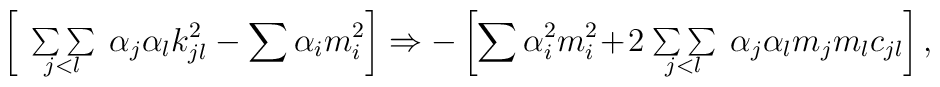
\left[   \begin{array}{c}    {} \\[-3mm] {\sum\sum} \\[-3mm] {}_{j<l}    \end{array}    \alpha_j \alpha_l k_{jl}^2 - \sum \alpha_i m_i^2 \right]\Rightarrow  - \left[ \sum \alpha_i^2 m_i^2 \!+\!2\!\begin{array}{c} {} \\[-3mm] {\sum\sum} \\[-3mm] {}_{j<l} \end{array}\alpha_j \alpha_l m_j m_l c_{jl} \right] ,